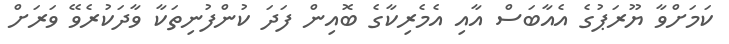
ކަމަށްވާ ޔޫރަޕުގެ އެއާބަސް އާއި އެމެރިކާގެ ބޮއިން ފަދަ ކުންފުނިތަކާ ވާދަކުރެވޭ ވަރަށް